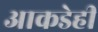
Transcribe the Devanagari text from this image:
आकडेही